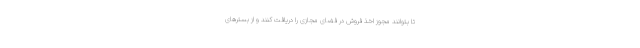
تا بتوانند مجوز اخذ فروش در فضای مجازی را دریافت کنند و از بسترهای